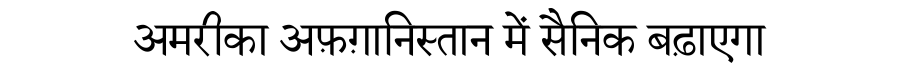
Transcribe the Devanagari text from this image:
अमरीका अफ़ग़ानिस्तान में सैनिक बढ़ाएगा